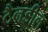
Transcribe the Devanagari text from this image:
टैनडील